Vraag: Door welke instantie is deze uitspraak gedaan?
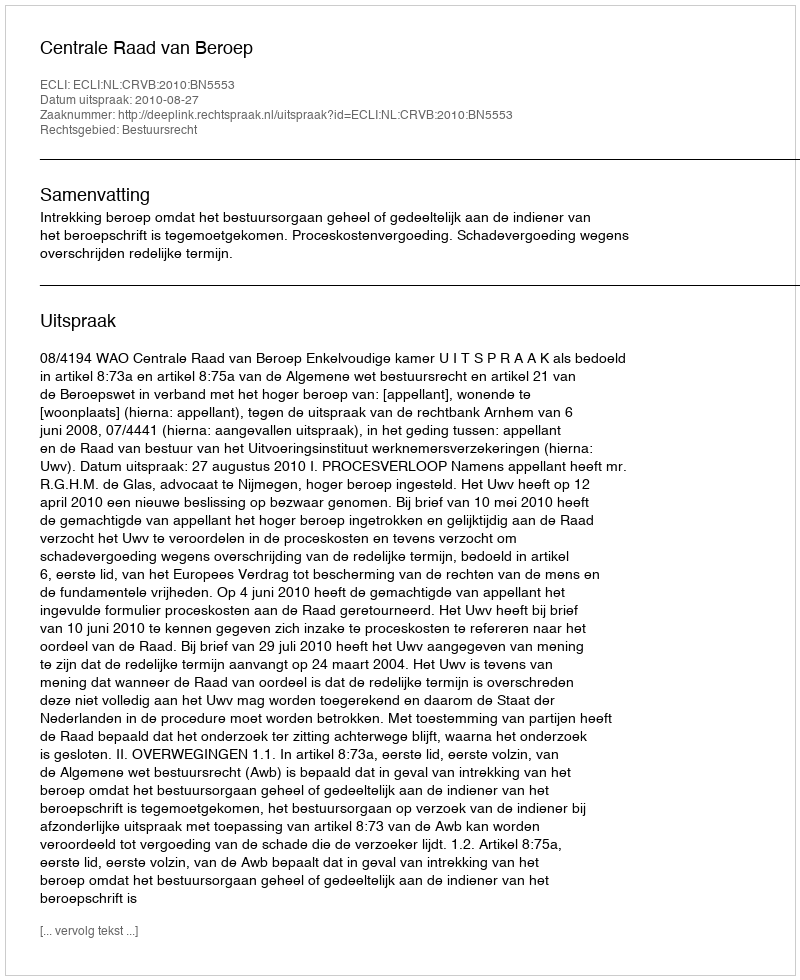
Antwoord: Centrale Raad van Beroep